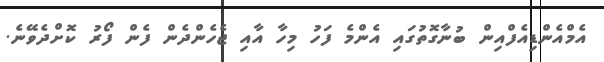
އެމްއެންޑިއެފްއިން ބުނާގޮތުގައި އެންމެ ފަހު މިހާ އާއި ޖެހެންދެން ފެން ފޯރު ކޮށްދެވޭނެ.